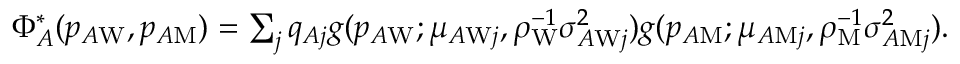
\begin{array} { r } { \Phi _ { A } ^ { * } ( p _ { A \mathrm { W } } , p _ { A \mathrm { M } } ) = \sum _ { j } q _ { A j } g ( p _ { A \mathrm { W } } ; \mu _ { A \mathrm { W } j } , \rho _ { \mathrm { W } } ^ { - 1 } \sigma _ { A \mathrm { W } j } ^ { 2 } ) g ( p _ { A \mathrm { M } } ; \mu _ { A \mathrm { M } j } , \rho _ { \mathrm { M } } ^ { - 1 } \sigma _ { A \mathrm { M } j } ^ { 2 } ) . } \end{array}